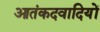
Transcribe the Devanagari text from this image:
आतंकदवादियों